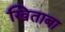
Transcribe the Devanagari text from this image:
खिताबा